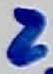
Text: 2